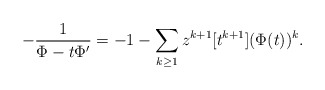
\begin{align*}-\frac{1}{\Phi-t\Phi'}=-1-\sum_{k\ge1}z^{k+1}[t^{k+1}] (\Phi(t))^k.\end{align*}